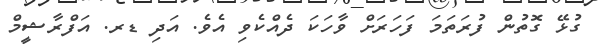
ގުޅޭ ގޮތުން ފުރަތަމަ ފަހަރަށް ވާހަކަ ދެއްކެވި އެވެ. އަދި ޑރ. އަފްރާޝީމް